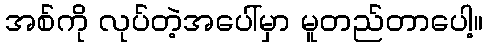
အစ်ကို လုပ်တဲ့အပေါ်မှာ မူတည်တာပေါ့။